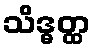
သိဒ္ဓတ္ထ